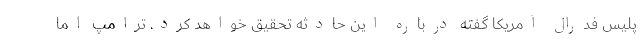
پلیس فدرال آمریکا گفته درباره این حادثه تحقیق خواهد کرد. ترامپ اما